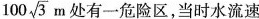
100 \sqrt{3}m 处有一危险区，当时水流速